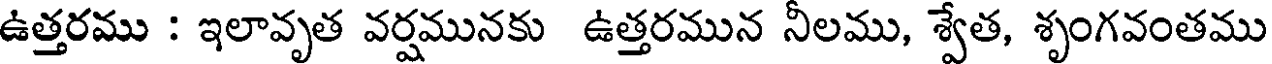
ఉత్తరము : ఇలావృత వర్షమునకు ఉత్తరమున నీలము, శ్వేత, శృంగవంతము